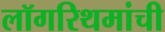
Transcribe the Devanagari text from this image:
लॉगरिथमांची